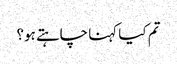
تم کیا کہنا چاہتے ہو؟